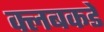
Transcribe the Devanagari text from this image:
क्लबकडे